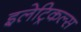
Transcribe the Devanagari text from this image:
इलेट्रिकल्स